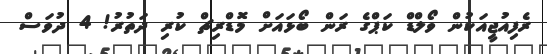
ރެފިއުޖީއަކުން ވޯލްޑް ކަޕްގެ ރަން ބޯޅައަށް މޮޑްރިޗް ކުރި ދަތުރު! 4 ދުވަސް